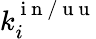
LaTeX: k_{i}^{\mathrm{~i~n~/~u~u~}}